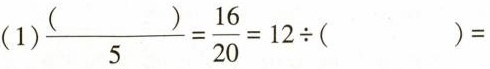
(1)$$\frac{()}{5} = \frac{16}{20} = 1 2 \div ( ) =$$